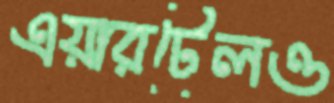
এয়ারটেলও